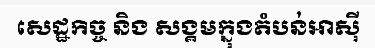
សេដ្ឋកិច្ច និង សង្គមក្នុងតំបន់អាស៊ី